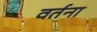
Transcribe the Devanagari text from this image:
वर्तना